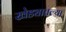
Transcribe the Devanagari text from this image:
खेड्यातल्या